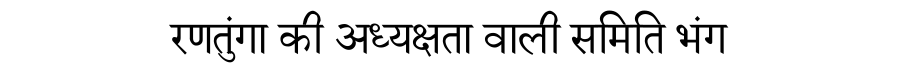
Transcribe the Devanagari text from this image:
रणतुंगा की अध्यक्षता वाली समिति भंग